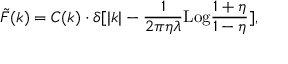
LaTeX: \tilde { F } ( k ) = C ( k ) \cdot \delta [ | k | - { \frac { 1 } { 2 \pi \eta \lambda } } \mathrm { L o g } { \frac { 1 + \eta } { 1 - \eta } } ] ,